Reports on military cantonments and civil stations in the Presidency of Bombay inspected by the Sanitary Commissioner in the years 1875 and 1876
Year: 1875
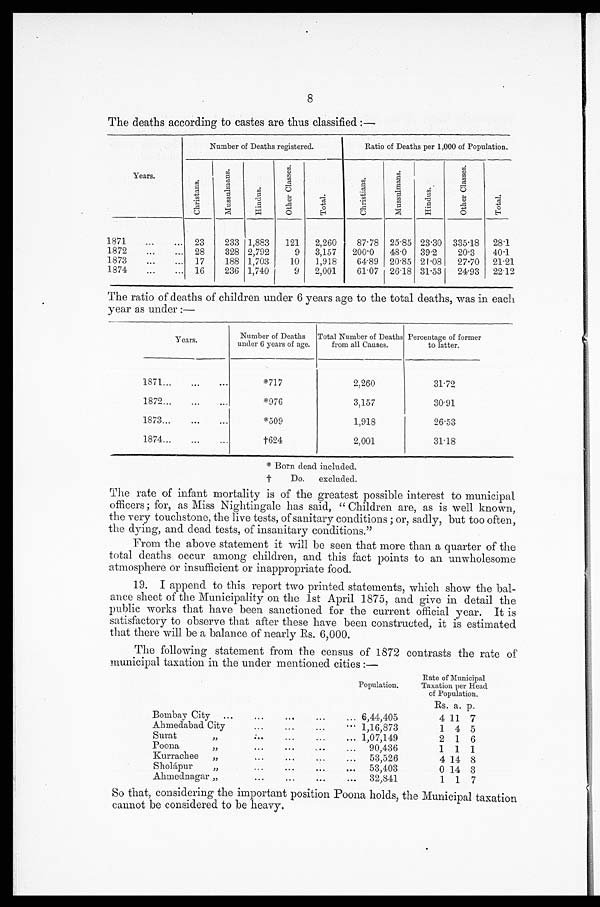
8
The deaths according to castes are thus classified :—
Years.
Number of Deaths registered.
Ratio of Deaths per 1,000 of Population.
C h r i s t a n s .
M u s s u l m a n s .
H i n d u s .
O t h e r C l a s s e s .
T o t a l .
C h r i s t i a n s .
M u s s u l m a n s .
H i n d u s .
O t h e r C l a s s e s .
Tot a l .
1871 . . .
23
233
1,883
121
2,260
87.78
25.85
23.30
335.18
28.1
1872 . . .
28
328
2,792
9
3,157
200.0
48.0
39.2
20.3
40.1
1873 . . .
17
188
1,703
10
1,918
64.89
20.85
21.08
27.70
21.21
1874 . . .
16
236
1,740
9
2,001
61.07
26.18
31.53
24.93
22.12
The ratio of deaths of children under 6 years age to the total deaths, was in each
year as under :—
Years.
Number of Deaths
under 6 years of age.
Total Number of Deaths
from all Causes.
Percentage of former
to latter.
1871 . . .
*717
2,260
31.72
1872 . . .
*976
3,157
30.91
1873 . . .
*509
1,918
26.53
1874 . . .
†624
2,001
31.18
Do.excluded.
The rate of infant mortality is of the greatest possible interest to municipal
officers ; for, as Miss Nightingale has said, "Children are, as is well known,
the very touchstone, the live tests, of sanitary conditions ; or, sadly, but too often,
the dying, and dead tests, of insanitary conditions."
From the above statement it will be seen that more than a quarter of the
total deaths occur among children, and this fact points to an unwholesome
atmosphere or insufficient or inappropriate food.
19. I append to this report two printed statements, which show the bal
-
ance sheet of the Municipality on the 1st April 1875, and give in detail the
public works that have been sanctioned for the current official year. It is
satisfactory to observe that after these have been constructed, it is estimated
that there will be a balance of nearly Rs. 6,000.
The following statement from the census of 1872 contrasts the rate of
municipal taxation in the under mentioned cities :—
Population.
Rate of Municipal
Taxation per Head
of Population.
Rs. a. p.
Bombay City . . . 6,44,405
4 11
7
Ahmedabad City . . . 1,16,873
1
4
5
Surat " . . .
1,07,149
2
1
6
P o o n a " . . .
90,436
1
1
1
Kurrachee " . . .
53.526
4 14
8
S h o l á p u r " . . .
53,403
0 14
3
Ahmednagar " . . .
32,841
1
1
7
So that, considering the important position Poona holds, the Municipal taxation
cannot be considered to be heavy.